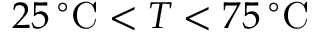
2 5 \, ^ { \circ } \mathrm { C } < T < 7 5 \, ^ { \circ } \mathrm { C }